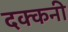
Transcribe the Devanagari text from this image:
दक्‍कनी